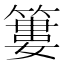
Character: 簍